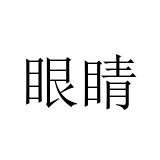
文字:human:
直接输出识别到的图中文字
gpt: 眼睛